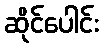
ဆိုင်ပေါင်း